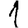
Digit: 1